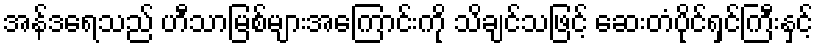
အန်ဒရေသည် ဟီသာမြစ်များအကြောင်းကို သိချင်သဖြင့် ဆေးတံပိုင်ရှင်ကြီးနှင့်